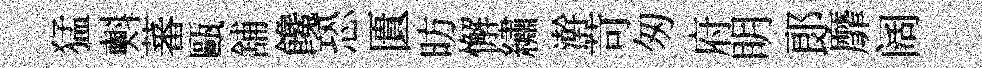
猛㪺蕃甌舖饞恐匱昉懈繡澣苛匆府眀郞靡阔